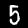
Digit: 5